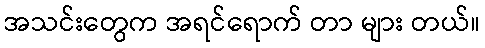
အသင်းတွေက အရင်ရောက် တာ များ တယ်။